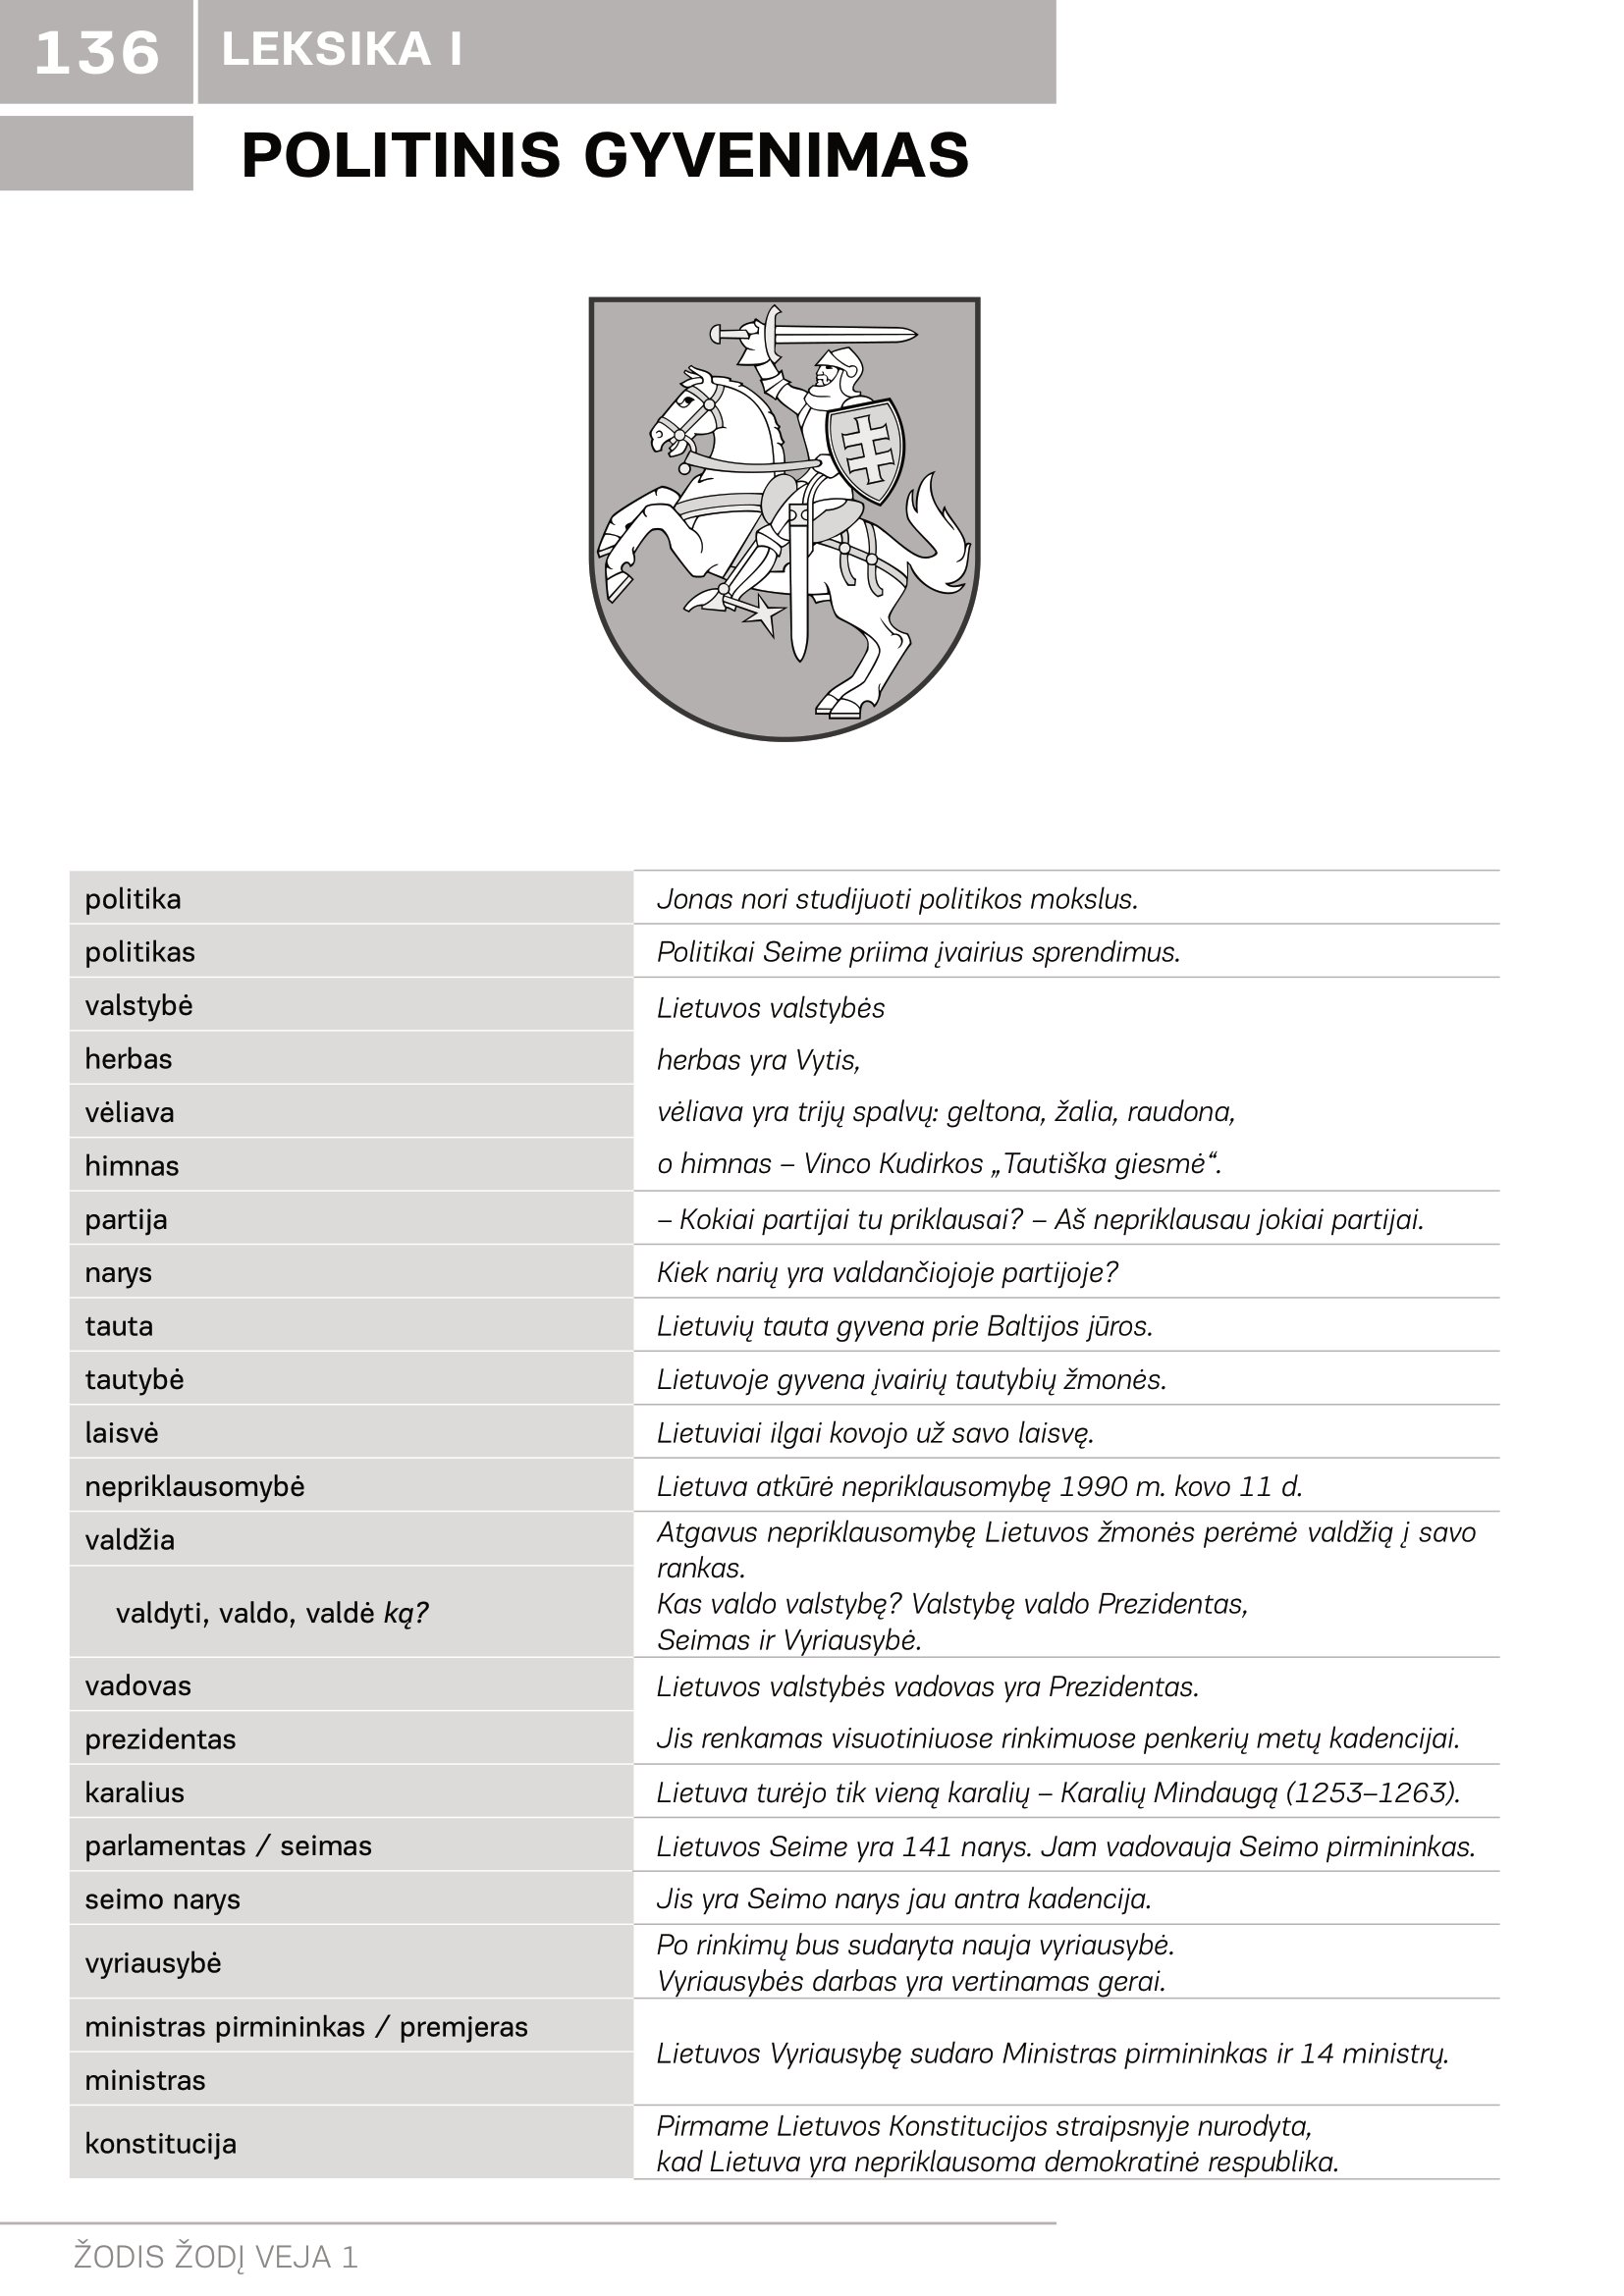
Language: lt